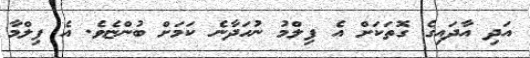
އަދި އާދައިގެ ގޮތަކަށް އެ ފިލްމު ނުހަދާނެ ކަމަށް ބުންޏެވެ. އެ ފިލްމާ